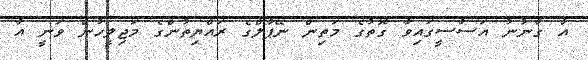
އާ ގާނުނު އަސާސީގައިވާ ގޮތުގެ މަތިން ނޭޕާލްގެ ރައްޔިތުންގެ މަޖިލީހުން ވަނީ އާ